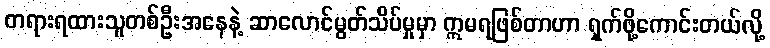
တရားရထားသူတစ်ဦးအနေနဲ့ ဆာလောင်မွတ်သိပ်မှုမှာ ဣမရဖြစ်တာဟာ ရှက်ဖို့ကောင်းတယ်လို့